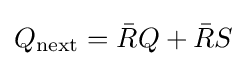
Q_{\text{next}}={\bar {R}}Q+{\bar {R}}S